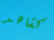
كشاهد